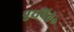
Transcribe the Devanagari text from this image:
पुरविते॰